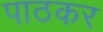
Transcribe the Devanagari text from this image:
पाठकर